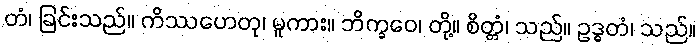
တံ၊ ခြင်းသည်။ ကိဿဟေတု၊ မူကား။ ဘိက္ခဝေ၊ တို့။ စိတ္တံ၊ သည်။ ဥဒ္ဓတံ၊ သည်။